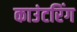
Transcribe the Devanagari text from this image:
काउंटरिंग